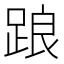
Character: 踉